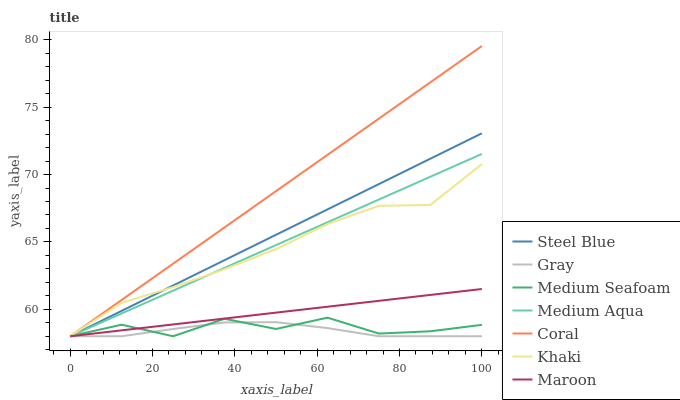
| xaxis_label | Steel Blue | Gray | Medium Seafoam | Medium Aqua | Coral | Khaki | Maroon |
 | --- | --- | --- | --- | --- | --- | --- | --- |
 | 0 | 58 | 58 | 58 | 58 | 58 | 58 | 58 |
 | 12.5 | 59.9 | 58 | 58.9 | 59.7 | 60.7 | 60.5 | 58.4 |
 | 25 | 61.8 | 58.5 | 58 | 61.4 | 63.4 | 61.6 | 58.9 |
 | 37.5 | 63.6 | 59 | 59.3 | 63.1 | 66.1 | 63 | 59.3 |
 | 50 | 65.5 | 59 | 58.5 | 64.8 | 68.8 | 64.5 | 59.8 |
 | 62.5 | 67.4 | 58.6 | 59.4 | 66.5 | 71.5 | 66.3 | 60.2 |
 | 75 | 69.3 | 58 | 58.2 | 68.1 | 74.2 | 67.7 | 60.6 |
 | 87.5 | 71.2 | 58 | 58.4 | 69.8 | 76.8 | 67.7 | 61.1 |
 | 100 | 73.1 | 58 | 58.8 | 71.5 | 79.5 | 70.8 | 61.5 |